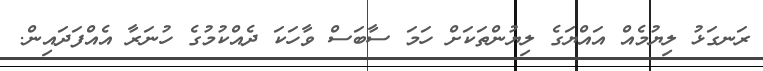
ރަނގަޅު ލިޔުމެއް އައްޔަގެ ލިޔުންތަކަށް ހަމަ ސާބަސް ވާހަކަ ދެއްކުމުގެ ހުނަރާ އެއްފަދައިން.